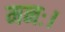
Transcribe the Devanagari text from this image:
मनः।